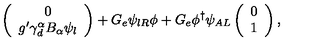
\left( \begin{array} { c } { 0 } \\ { g ^ { \prime } \gamma _ { d } ^ { \alpha } B _ { \alpha } \psi _ { l } } \\ \end{array} \right) + G _ { e } \psi _ { l R } \phi + G _ { e } \phi ^ { \dagger } \psi _ { A L } \left( \begin{array} { c } { 0 } \\ { 1 } \\ \end{array} \right) ,